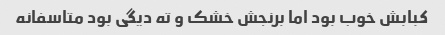
کبابش خوب بود اما برنجش خشک و ته دیگی بود متاسفانه